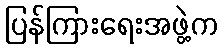
ပြန်ကြားရေးအဖွဲ့က